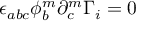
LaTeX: \epsilon _ { a b c } \phi _ { b } ^ { m } \partial _ { c } ^ { m } \Gamma _ { i } = 0